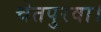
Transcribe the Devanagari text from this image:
चेतपुरवा।